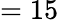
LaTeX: =15